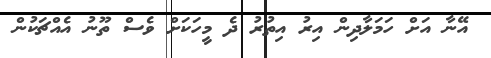
އޭނާ އަށް ހަމަލާދިން އިރު އިތުރު ދެ މީހަކަށް ވެސް ތޫނު އެއްޗަކުން